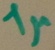
Text: 1µ